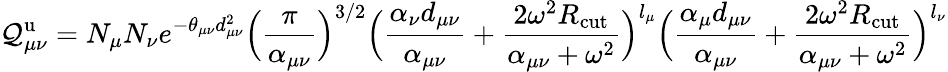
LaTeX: \mathcal{Q}_{\mu\nu}^{\mathrm{{u}}}=N_{\mu}N_{\nu}e^{-\theta_{\mu\nu}d_{\mu\nu}^{2}}\Big(\frac{{\pi}}{{\alpha_{\mu\nu}}}\Big)^{3/2}\Big(\frac{{\alpha_{\nu}d_{\mu\nu}}}{{\alpha_{\mu\nu}}}+\frac{{2\omega^{2}R_{\mathrm{{cut}}}}}{{\alpha_{\mu\nu}+\omega^{2}}}\Big)^{l_{\mu}}\Big(\frac{{\alpha_{\mu}d_{\mu\nu}}}{{\alpha_{\mu\nu}}}+\frac{{2\omega^{2}R_{\mathrm{{cut}}}}}{{\alpha_{\mu\nu}+\omega^{2}}}\Big)^{l_{\nu}}